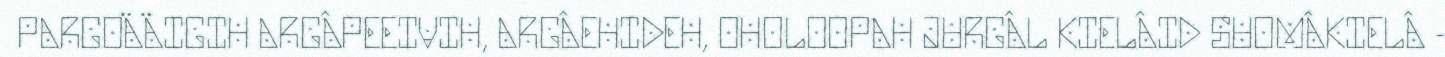
PARGOÄÄIGIH ARGÂPEEIVIH, ARGÂEHIDEH, OHOLOOPAH JURGÂL KIELÂID SUOMÂKIELÂ -